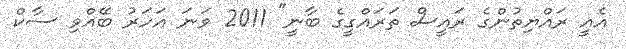
އެއީ ރައްޔިތުންގެ ރައީސް ތަރައްގީގެ ބާނީ" 2011 ވަނަ އަހަރު ބޭއްވި ސާކް